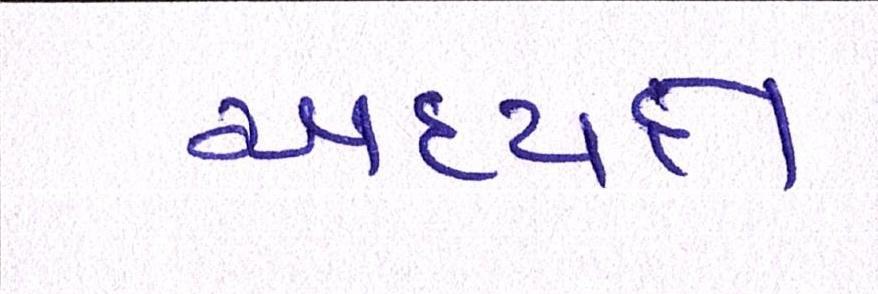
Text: અધ્યક્ષ